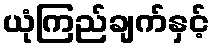
ယုံကြည်ချက်နှင့်